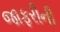
જાફરીની